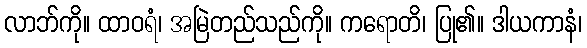
လာဘ်ကို။ ထာဝရံ၊ အမြဲတည်သည်ကို။ ကရောတိ၊ ပြု၏။ ဒါယကာနံ၊